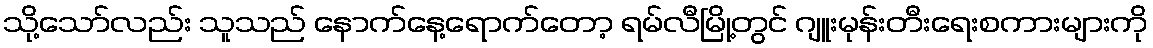
သို့သော်လည်း သူသည် နောက်နေ့ရောက်တော့ ရမ်လီမြို့တွင် ဂျူးမုန်းတီးရေးစကားများကို